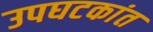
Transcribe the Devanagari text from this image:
उपघटकांत